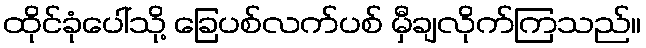
ထိုင်ခုံပေါ်သို့ ခြေပစ်လက်ပစ် မှီချလိုက်ကြသည်။